Indian journal of veterinary science and animal husbandry - Volume 13,
Year: 1943
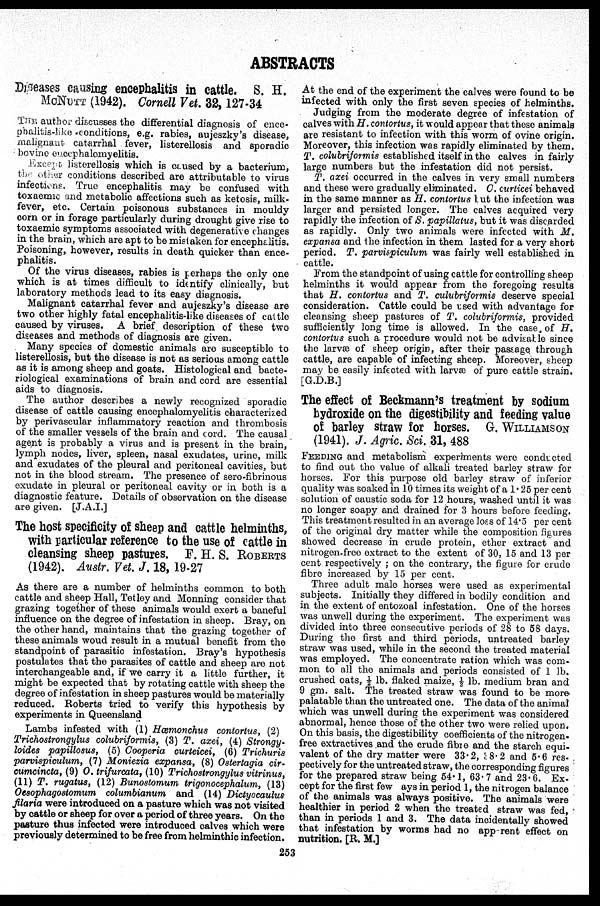
ABSTRACTS
Dieases causing encephalitis in cattle. S. H.
McNUTT (1942). Cornell Vet. 32, 127-34
THE author discusses the differential diagnosis of ence-
phalitis-like conditions, e.g. rabies, aujeszky's disease,
malignant catarrhal fever, listerellosis and sporadic
bovine encephalomyelitis.
Except listerellosis which is caused by a bacterium,
the other conditions described are attributable to virus
infections. True encephalitis may be confused with
toxaemic and metabolic affections such as ketosis, milk-
fever, etc. Certain poisonous substances in mouldy
corn or in forage particularly during drought give rise to
toxaemic symptoms associated with degenerative changes
in the brain, which are apt to be mistaken for encephalitis.
Poisoning, however, results in death quicker than ence-
phalitis.
Of the virus diseases, rabies is perhaps the only one
which is at times difficult to identify clinically, but
laboratory methods lead to its easy diagnosis.
Malignant catarrhal fever and aujeszky's disease are
two other highly fatal encephalitis-like diseases of cattle
caused by viruses. A brief description of these two
diseases and methods of diagnosis are given.
Many species of domestic animals are susceptible to
listerellosis, but the disease is not as serious among cattle
as it is among sheep and goats. Histological and bacte-
riological examinations of brain and cord are essential
aids to diagnosis.
The author describes a newly recognized sporadic
disease of cattle causing encephalomyelitis characterized
by perivascular inflammatory reaction and thrombosis
of the smaller vessels of the brain and cord. The causal
agent is probably a virus and is present in the brain,
lymph nodes, liver, spleen, nasal exudates, urine, milk
and exudates of the pleural and peritoneal cavities, but
not in the blood stream. The presence of sero-fibrinous
exudate in pleural or peritoneal cavity or in both is a
diagnostic feature. Details of observation on the disease
are given. [J.A.I.]
The host specificity of sheep and cattle helminths,
with particular reference to the use of cattle in
cleansing sheep pastures. F. H. S. ROBERTS
(1942). Austr. Vet. J. 18, 19-27
As there are a number of helminths common to both
cattle and sheep Hall, Tetley and Monning consider that
grazing together of these animals would exert a baneful
influence on the degree of infestation in sheep. Bray, on
the other hand, maintains that the grazing together of
these animals woud result in a mutual benefit from the
standpoint of parasitic infestation. Bray's hypothesis
postulates that the parasites of cattle and sheep are not
interchangeable and, if we carry it a little further, it
might be expected that by rotating cattle with sheep the
degree of infestation in sheep pastures would be materially
reduced. Roberts tried to verify this hypothesis by
experiments in Queensland
Lambs infested with (1) Hœmonchus contortus, (2)
Trichostrongylus colubriformis, (3) T. axei, (4) Strongy-
loides papillosus, (5) Cooperia curteicei, (6) Trichuris
parvispiculum, (7) Moniezia expansa, (8) Ostertagia cir-
cumcincta, (9) O. trifurcata, (10) Trichostrongylus vitrinus,
(11) T. rugatus, (12) Bunostomum trigonocephalum, (13)
Oesophagostomum columbianum and (14) Dictyocaulus
filaria were introduced on a pasture which was not visited
by cattle or sheep for over a period of three years. On the
pasture thus infected were introduced calves which were
previously determined to be free from helminthic infection.
At the end of the experiment the calves were found to be
infected with only the first seven species of helminths.
Judging from the moderate degree of infestation of
calves with H. contortus, it would appear that these animals
are resistant to infection with this worm of ovine origin.
Moreover, this infection was rapidly eliminated by them.
T. colubriformis established itself in the calves in fairly
large numbers but the infestation did not persist.
T. axei occurred in the calves in very small numbers
and these were gradually eliminated. C. curticei behaved
in the same manner as H. contortus but the infection was
larger and persisted longer. The calves acquired very
rapidly the infection of S. papillatus, but it was discarded
as rapidly. Only two animals were infected with M.
expansa and the infection in them lasted for a very short
period. T. parvispiculum was fairly well established in
cattle.
From the standpoint of using cattle for controlling sheep
helminths it would appear from the foregoing results
that H. contortus and T. culubriformis deserve special
consideration. Cattle could be used with advantage for
cleansing sheep pastures of T. colubriformis, provided
sufficiently long time is allowed. In the case, of H.
contortus such a procedure would not be advisable since
the larvæ of sheep origin, after their passage through
cattle, are capable of infecting sheep. Moreover, sheep
may be easily infected with larvæ of pure cattle strain.
[G.D.B.]
The effect of Beckmann's treatment by sodium
hydroxide on the digestibility and feeding value
of barley straw for horses. G. WILLIAMSON
(1941). J. Agric. Sci. 31, 488
FEEDING and metabolism experiments were conducted
to find out the value of alkali treated barley straw for
horses. For this purpose old barley straw of inferior
quality was soaked in 10 times its weight of a 1.25 per cent
solution of caustic soda for 12 hours, washed until it was
no longer soapy and drained for 3 hours before feeding.
This treatment resulted in an average loss of 14.5 per cent
of the original dry matter while the composition figures
showed decrease in crude protein, ether extract and
nitrogen-free extract to the extent of 30, 15 and 13 per
cent respectively; on the contrary, the figure for crude
fibre increased by 15 per cent.
Three adult male horses were used as experimental
subjects. Initially they differed in bodily condition and
in the extent of entozoal infestation. One of the horses
was unwell during the experiment. The experiment was
divided into three consecutive periods of 28 to 58 days.
During the first and third periods, untreated barley
straw was used, while in the second the treated material
was employed. The concentrate ration which was com-
mon to all the animals and periods consisted of 1 lb.
crushed oats, ½ lb. flaked maize, ½ lb. medium bran and
9 gm. salt. The treated straw was found to be more
palatable than the untreated one. The data of the animal
which was unwell during the experiment was considered
abnormal, hence those of the other two were relied upon.
On this basis, the digestibility coefficients of the nitrogen-
free extractives and the crude fibre and the starch equi-
valent of the dry matter were 33.2, 28.2 and 5.6 res-
pectively for the untreated straw, the corresponding figures
for the prepared straw being 54.1, 63.7 and 23.6. Ex-
cept for the first few ays in period 1, the nitrogen balance
of the animals was always positive. The animals were
healthier in period 2 when the treated straw was fed,
than in periods 1 and 3. The data incidentally showed
that infestation by worms had no app rent effect on
nutrition. [R. M.]
253